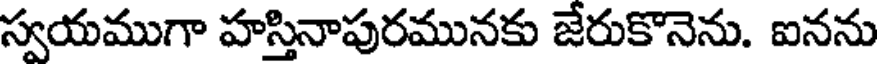
స్వయముగా హస్తినాపురమునకు జేరుకొనెను. ఐనను